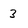
Character: 3